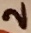
Text: 2